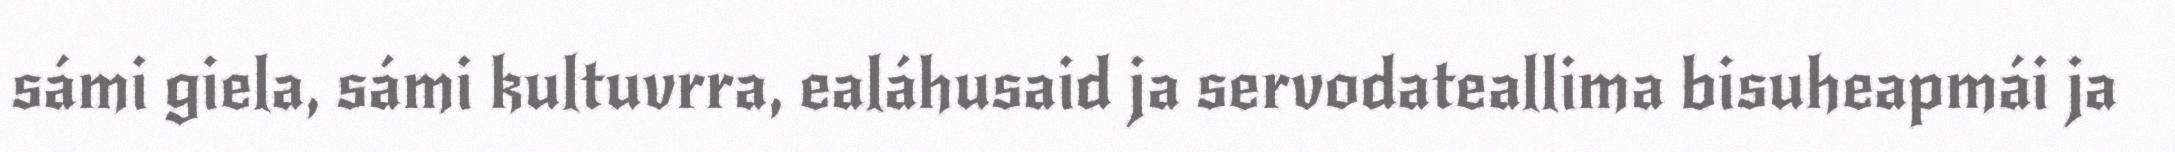
sámi giela, sámi kultuvrra, ealáhusaid ja servodateallima bisuheapmái ja